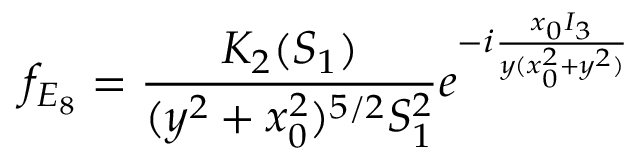
f _ { E _ { 8 } } = \frac { K _ { 2 } ( S _ { 1 } ) } { ( y ^ { 2 } + x _ { 0 } ^ { 2 } ) ^ { 5 / 2 } S _ { 1 } ^ { 2 } } e ^ { - i \frac { x _ { 0 } I _ { 3 } } { y ( x _ { 0 } ^ { 2 } + y ^ { 2 } ) } }